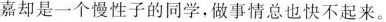
嘉却是一个慢性子的同学，做事情总也快不起来。